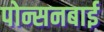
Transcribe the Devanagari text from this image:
पोन्सनबाई